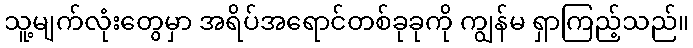
သူ့မျက်လုံးတွေမှာ အရိပ်အရောင်တစ်ခုခုကို ကျွန်မ ရှာကြည့်သည်။